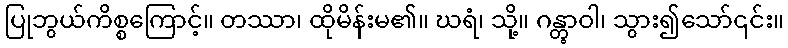
ပြုဘွယ်ကိစ္စကြောင့်။ တဿာ၊ ထိုမိန်းမ၏။ ဃရံ၊ သို့။ ဂန္တွာဝါ၊ သွား၍သော်၎င်း။